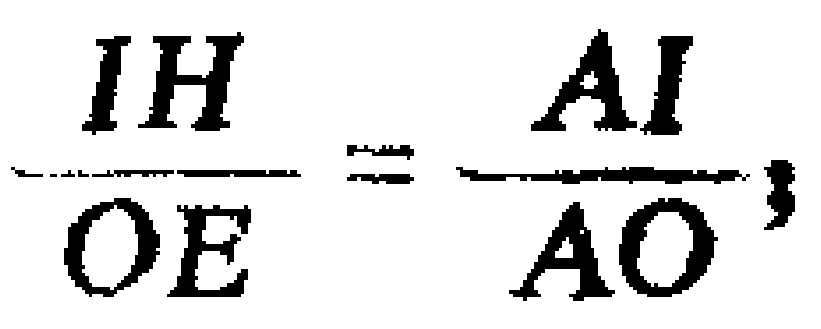
\(\frac{IH}{OE}=\frac{AI}{AO},\)